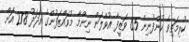
ކުރިމަތިވެ ކުންފުނިން 65 ވަޒީފާ އުވާލަން ނިންމާ މުވައްޒަފުންގެ އަދަދު 278 އަށް